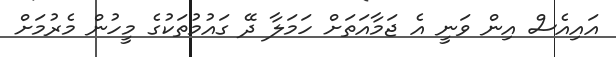
އައިއެސް އިން ވަނީ އެ ޖަމާއަތަށް ހަމަލާ ދޭ ގައުމުތަކުގެ މީހުން މެރުމަށް